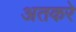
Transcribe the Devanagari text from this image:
अतकरे